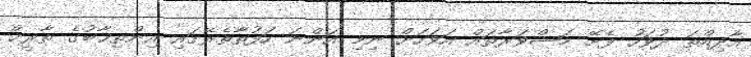
އާދިއްތަ ދުވަހު ފެށޭ މަޝްވަރާތައް އަވަހަށް ނިމި އަންނަ ހަފުތާތެރޭގައި އިންތިޚާބުގެ ތާރީޚް